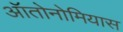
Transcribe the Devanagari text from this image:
ऑतोनोमियास